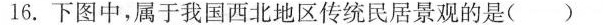
16.下图中，属于我国西北地区传统民居景观的是()